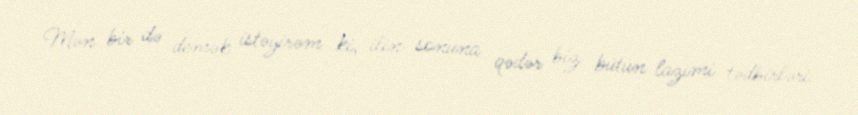
Mən bir də demək istəyirəm ki, ilin sonuna qədər biz bütün lazımi tədbirləri